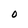
Character: O